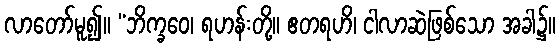
လာတော်မူ၍။ “ဘိက္ခဝေ၊ ရဟန်းတို့။ ဧတရဟိ၊ ငါလာဆဲဖြစ်သော အခါ၌။